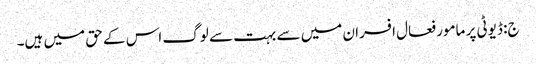
ج: ڈیوٹی پر مامور فعال افسران میں سے بہت سے لوگ اس کے حق میں ہیں۔